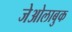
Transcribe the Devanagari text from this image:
जेओलाबुक